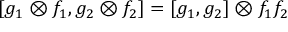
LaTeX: [ g _ { 1 } \otimes f _ { 1 } , g _ { 2 } \otimes f _ { 2 } ] = [ g _ { 1 } , g _ { 2 } ] \otimes f _ { 1 } f _ { 2 }